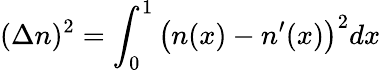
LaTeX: (\Delta n)^{2}=\int_{0}^{1}\left(n(x)-n^{\prime}(x)\right)^{2}dx